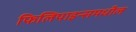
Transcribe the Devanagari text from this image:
फिलिपाइन्समधील